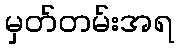
မှတ်တမ်းအရ